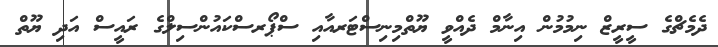
ދެމެޗްގެ ސީރީޒް ނިމުމުން އިނާމް ދެއްވީ ޔޫތްމިނިސްޓަރއާއި ސްޕޯރސްކައުންސިލްގެ ރައީސް އަދި ޔޫތް